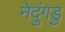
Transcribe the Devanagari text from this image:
नेदुंगडु